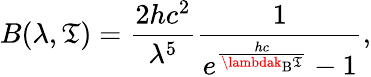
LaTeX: B(\lambda,\mathfrak{T})={\frac{{2hc^{2}}}{{\lambda^{5}}}}{\frac{{1}}{{e^{\frac{{hc}}{{\lambdak_{\mathrm{{B}}}\mathfrak{T}}}}-1}}},